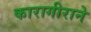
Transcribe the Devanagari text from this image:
कारागीराने